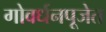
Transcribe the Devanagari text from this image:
गोवर्धनपूजेत